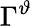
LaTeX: \Gamma^{\vartheta}